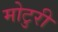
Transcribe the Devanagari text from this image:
मोटुरी